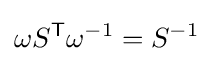
\omega S^{\textsf {T}}\omega ^{-1}=S^{-1}